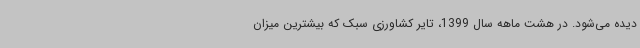
دیده می‌شود. در هشت ماهه سال 1399، تایر کشاورزی سبک که بیشترین میزان